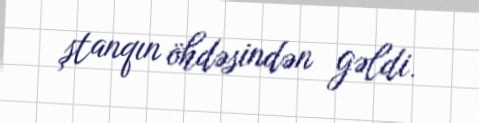
ştanqın öhdəsindən gəldi.